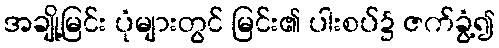
အချို့မြင်း ပုံများတွင် မြင်း၏ ပါးစပ်၌ ဇက်ခွံ့၍